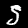
Digit: 5